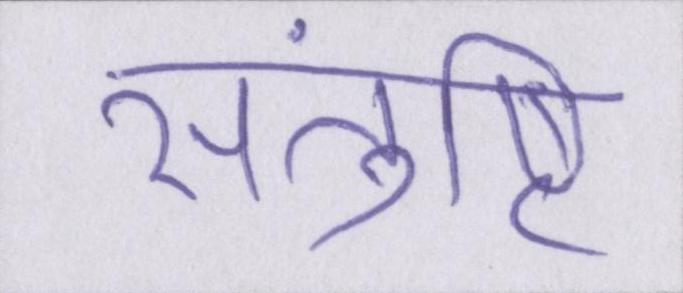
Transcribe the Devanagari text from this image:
संतुष्टि